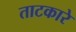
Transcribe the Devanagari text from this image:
ताटकारे